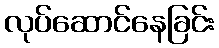
လုပ်ဆောင်နေခြင်း